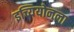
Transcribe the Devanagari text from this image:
इच्यियोनला